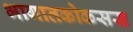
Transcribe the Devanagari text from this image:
भागातकोकसस